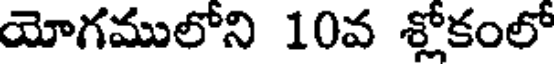
యోగములోని 10వ శ్లోకంలో